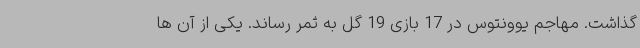
گذاشت. مهاجم یوونتوس در 17 بازی 19 گل به ثمر رساند. یکی از آن ها